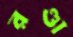
রণ্ডা